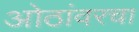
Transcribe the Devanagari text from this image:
ओठांवरचा